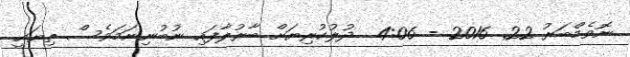
ނޮވެމްބަރު 22